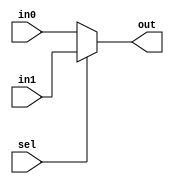
/*--  *******************************************************
--  Computer Architecture Course, Laboratory Sources 
--  Amirkabir University of Technology (Tehran Polytechnic)
--  Department of Computer Engineering (CE-AUT)
--  https://ce[dot]aut[dot]ac[dot]ir
--  *******************************************************
--  All Rights reserved (C) 2019-2020
--  *******************************************************
--  Student ID  : 
--  Student Name: 
--  Student Mail: 
--  *******************************************************
--  Additional Comments:
--
--*/

/*-----------------------------------------------------------
---  Module Name:  Light Dance Utils
---  Description: Module5:
-----------------------------------------------------------*/
`timescale 1 ns/1 ns

/***********************************************************/
/************** Design Your Own Modules Below **************/
module mux_16x8(
	input [7:0] in1,
	input [7:0] in0,
	input sel,
	output [7:0] out
	);
	
	assign out = sel ? in1:in0;
		
endmodule
/************** Design Your Own Modules Above **************/
/***********************************************************/